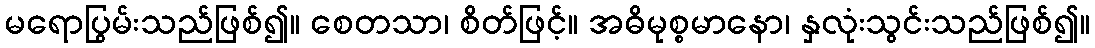
မရောပြွမ်းသည်ဖြစ်၍။ စေတသာ၊ စိတ်ဖြင့်။ အဓိမုစ္စမာနော၊ နှလုံးသွင်းသည်ဖြစ်၍။